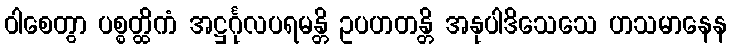
ဝါစေတွာ ပစ္စတ္ထိကံ အဋ္ဌင်္ဂုလပရမန္တိ ဥပဟတန္တိ အနုပါဒိသေသေ ဟသမာနေန